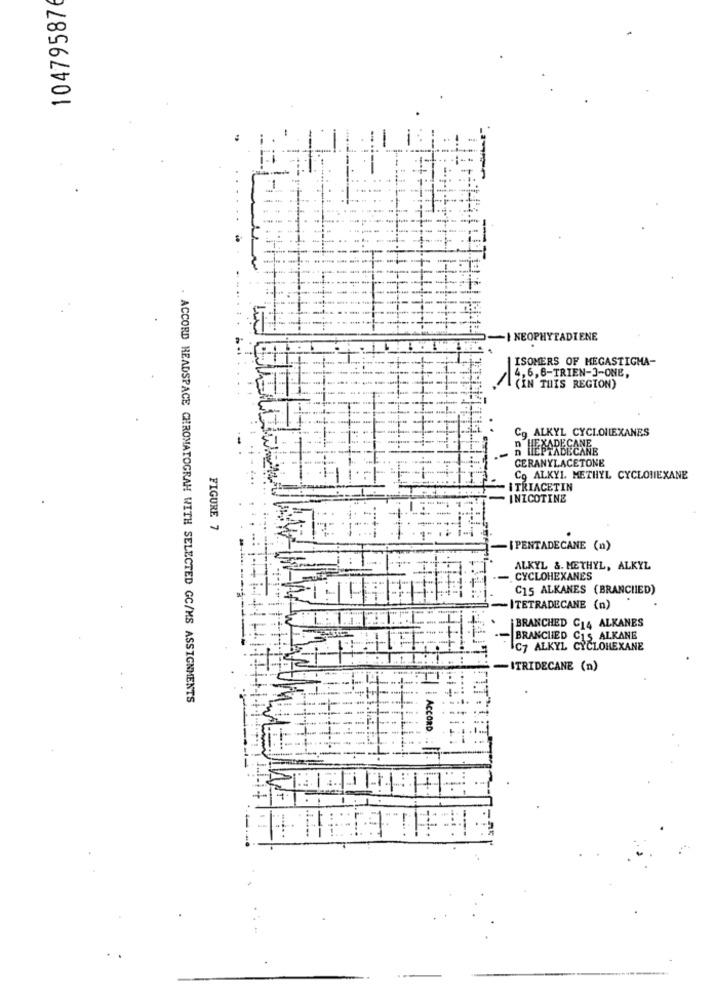
10479587
I NEOPHYTADIENE
ISOMERS OF MEGASTIGHA-
4,6,6-TRIEN-3-ONE,
(IN THIS REGION)
Co ALKYL CYCLOHEXANES
R LIEPTABECANE
EXADE CANE.
CERANYLACETONE
Co ALKY1. METHYL CYCLOHEXANE
TRIACETIN
INICOTINE
FIGURE 7
IPENTADECANE (n)
ALKYL &. METHYL, ALKYL
CYCLOHEXANES
C15 ALKANES (BRANCHIED)
-ITETRADECANE (n)
BRANCHED C14 ALKANES
BRANCHED C15 ALKANE
C7 ALKYL CYCLOHEXANE
-ITRIDECANE (n)
ACCORD HEADSPACE CHROMATOGRAH WITH SELECTED GC/MS ASSIGNMENTS
Acconp
+
-